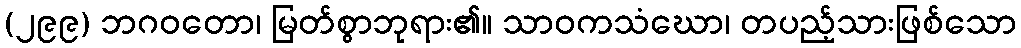
(၂၉၉) ဘဂဝတော၊ မြတ်စွာဘုရား၏။ သာဝကသံဃော၊ တပည့်သားဖြစ်သော